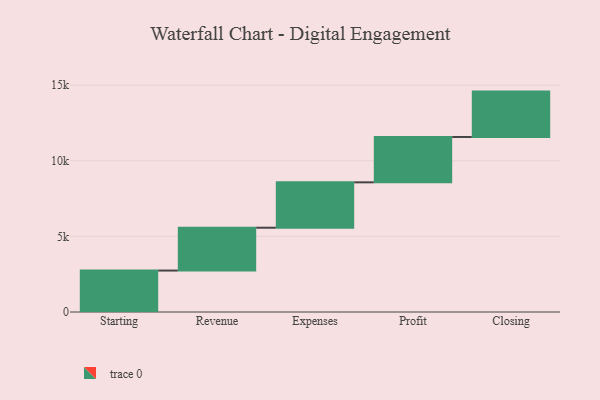
{"axis": {"x": "Step", "y": "Value"}, "legend": [""], "data": [{"x": "Starting", "y": 2741.0, "type": ""}, {"x": "Revenue", "y": 2833.0, "type": ""}, {"x": "Expenses", "y": 3000, "type": ""}, {"x": "Profit", "y": 3000, "type": ""}, {"x": "Closing", "y": 3000, "type": ""}]}